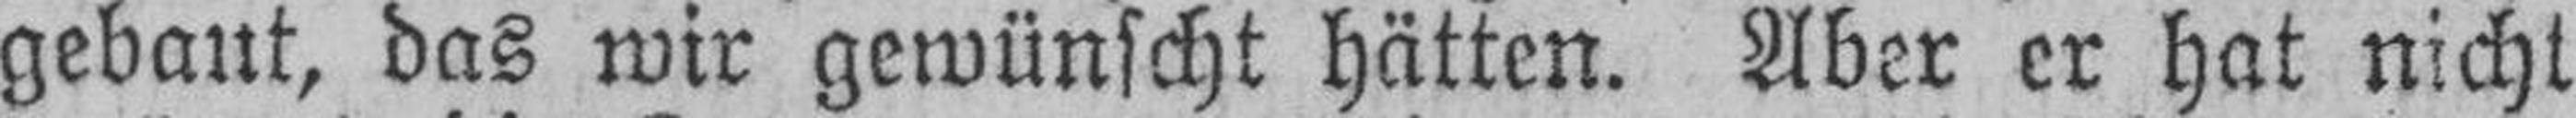
gebaut, das wir gewünscht hätten. Aber er hat nicht